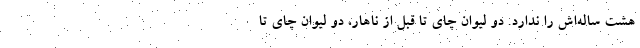
هشت ساله‌اش را ندارد. دو ليوان چاي تا قبل از ناهار، دو ليوان چاي تا